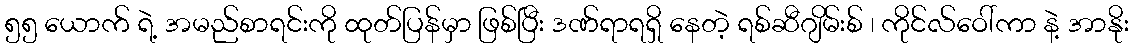
၅၅ ယောက် ရဲ့ အမည်စာရင်းကို ထုတ်ပြန်မှာ ဖြစ်ပြီး ဒဏ်ရာရရှိ နေတဲ့ ရစ်ဆီဂျိမ်းစ် ၊ ကိုင်လ်ဝေါ်ကာ နဲ့ အာနိုး